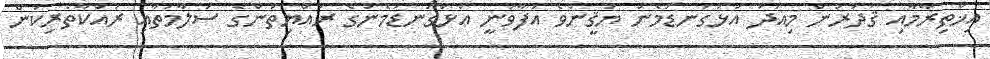
އިޚްތިރާމާއި ޤަދަރުން މިއަދު އަޅުގަނޑުމެން ޔަޤީންވެ އުފާވަނީ އަޅުގަނޑުމެންގެ ރައްޔިތުންގެ ސަލާމަތާއި ރައްކާތެރިކަން